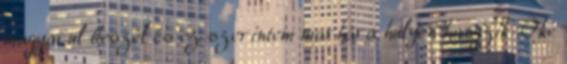
magyarul beszél és ez szerintem marhára hülyén hangzik. Oké